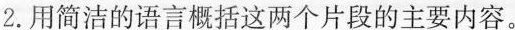
2.用简洁的语言概括这两个片段的主要内容。